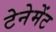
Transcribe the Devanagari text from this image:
टेनेमेंट